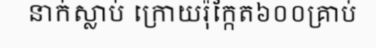
នាក់ស្លាប់ ក្រោយរ៉ុក្កែត៦០០គ្រាប់